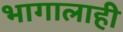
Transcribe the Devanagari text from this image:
भागालाही